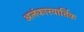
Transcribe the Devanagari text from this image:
अलंकारवार्तिक